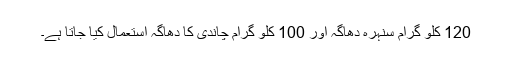
120 کلو گرام سنہرہ دھاگہ اور 100 کلو گرام چاندی کا دھاگہ استعمال کیا جاتا ہے۔